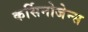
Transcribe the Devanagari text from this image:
कर्सिनोजेन्स